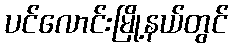
ပင်လောင်းမြို့နယ်တွင်